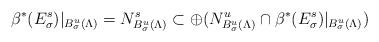
LaTeX: \begin{align*} \beta^*(E^s_\sigma)\vert_{B^u_\sigma (\Lambda)} = N^{s}_{B^u_\sigma (\Lambda)}\subset \oplus (N^{u}_{B^u_\sigma (\Lambda)} \cap \beta^*(E^s_\sigma)\vert_{B^u_\sigma (\Lambda)})\end{align*}